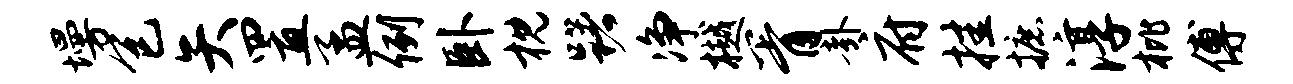
墁包矢置孟例卧枕躇净樾胥卦府挂摭淳枇傅